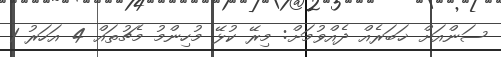
ސަންއަށް ޚަބަރެއް ދެއްވުމަށް: މިރޭ ކުޅޭ މުހިންމު މެޗުތައް 4 އަހަރު 1